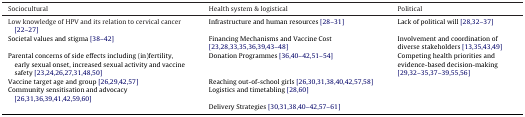
<table><thead><tr><td><b>Sociocultural</b></td><td><b>Health system &amp; logistical</b></td><td><b>Political</b></td></tr></thead><tbody><tr><td>Low knowledge of HPV and its relation to cervical cancer [22–27]</td><td>Infrastructure and human resources [28–31]</td><td>Lack of political will [28,32–37]</td></tr><tr><td>Societal values and stigma [38–42]</td><td>Financing Mechanisms and Vaccine Cost [23,28,33,35,36,39,43–48]</td><td>Involvement and coordination of diverse stakeholders [13,35,43,49]</td></tr><tr><td>Parental concerns of side effects including (in)fertility, early sexual onset, increased sexual activity and vaccine safety [23,24,26,27,31,48,50]</td><td>Donation Programmes [36,40–42,51–54]</td><td>Competing health priorities and evidence-based decision-making [29,32–35,37–39,55,56]</td></tr><tr><td>Vaccine target age and group [26,29,42,57]</td><td>Reaching out-of-school girls [26,30,31,38,40,42,57,58]</td><td></td></tr><tr><td>Community sensitisation and advocacy [26,31,36,39,41,42,59,60]</td><td>Logistics and timetabling [28,60]</td><td></td></tr><tr><td></td><td>Delivery Strategies [30,31,38,40–42,57–61]</td><td></td></tr></tbody></table>